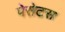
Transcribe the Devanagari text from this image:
पेसेटस